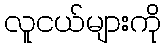
လူငယ်များကို